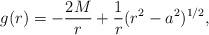
LaTeX: \begin{align*}g(r)=- {2M\over r} + {1 \over r} (r^{2} - a^{2})^{1/2},\end{align*}